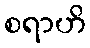
စရာဟိ